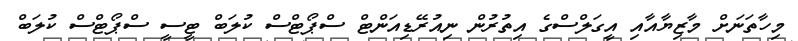
މިހާތަނަށް މާޒިޔާއާއި އީގަލްސްގެ އިތުރުން ނިއުރޭޑިއަަންޓް ސްޕޯޓްސް ކުލަބް ޓީސީ ސްޕޯޓްސް ކުލަބް